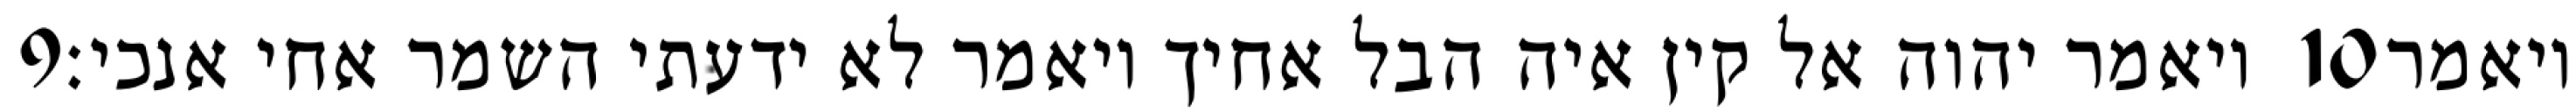
‎9‏ ויאמר יהוה אל קין איה הבל אחיך ויאמר לא ידעתי השמר אחי אנכי׃ ‎10‏ ויאמר